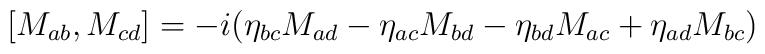
[M_{ab}, M_{cd}]= -i(\eta_{bc} M_{ad} -\eta_{ac} M_{bd}-\eta_{bd} M_{ac}+\eta_{ad} M_{bc})